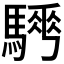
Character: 𩥨